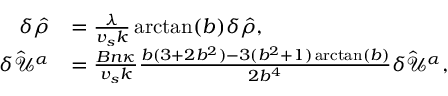
\begin{array} { r l } { \delta \hat { \rho } } & { = \frac { \lambda } { v _ { s } k } \arctan ( b ) \delta \hat { \rho } , } \\ { \delta \hat { \mathcal { U } } ^ { \alpha } } & { = \frac { B n \kappa } { v _ { s } k } \frac { b ( 3 + 2 b ^ { 2 } ) - 3 ( b ^ { 2 } + 1 ) \arctan ( b ) } { 2 b ^ { 4 } } \delta \hat { \mathcal { U } } ^ { \alpha } , } \end{array}